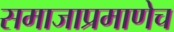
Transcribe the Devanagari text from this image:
समाजाप्रमाणेच